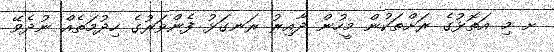
ށ މި އަތޮޅުގެ ރަށްތަކުން މީހުން ދާއިރު ރަނގަޅު ފެންވަރުގެ ހިދުމަތެއް ނުދެވޭ